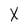
Character: X